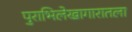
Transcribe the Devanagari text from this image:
पुराभिलेखागारातला